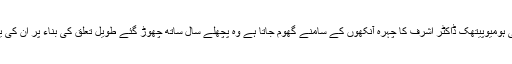
فیصل آباد کا ذکر آتے ہی ہومیوپیتھک ڈاکٹر اشرف کا چہرہ آنکھوں کے سامنے گھوم جاتا ہے وہ پچھلے سال ساتھ چھوڑ گئے طویل تعلق کی بناء پر اُن کی یاد دیر تک آتی رہے گی۔